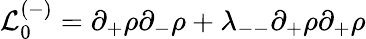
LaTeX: {\cal L}_{0}^{(-)}=\partial_{+}\rho\partial_{-}\rho+\lambda_{--}\partial_{+}\rho\partial_{+}\rho